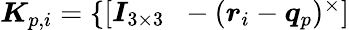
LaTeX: \begin{array}{r}{\boldsymbol{K}_{p,i}=\left\{ \begin{array}{ll}{\left[\boldsymbol{I}_{3\times 3}\; \; -(\boldsymbol{r}_{i}-\boldsymbol{q}_{p})^{\times}\right]}\end{array}\right.}\end{array}